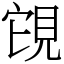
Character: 䙾